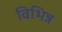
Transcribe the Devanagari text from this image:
विभिन्न